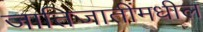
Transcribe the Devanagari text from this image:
जातिजातींमधील